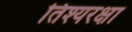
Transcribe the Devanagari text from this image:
तिश्यरक्षा